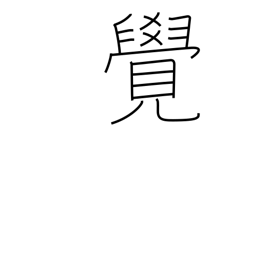
Meaning: memorize